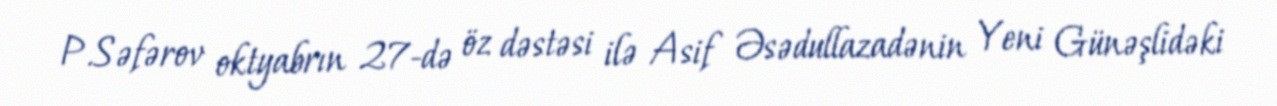
P.Səfərov oktyabrın 27-də öz dəstəsi ilə Asif Əsədullazadənin Yeni Günəşlidəki